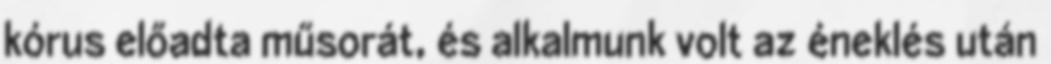
kórus előadta műsorát, és alkalmunk volt az éneklés után